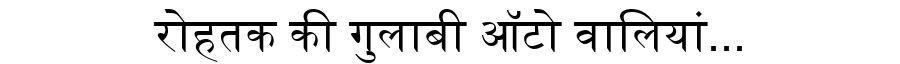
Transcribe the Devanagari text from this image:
रोहतक की गुलाबी ऑटो वालियां...